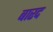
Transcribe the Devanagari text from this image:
बारद